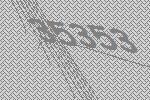
35353